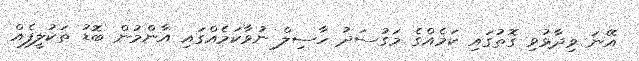
އޭނަ ވިދާޅުވި ގޮތުގައި ކަމެއްގެ މަގުސަދު ހާސިލް ނުވާކަމެއްގައި އާންމުން ބޮޑު ތަކުލީފެއް